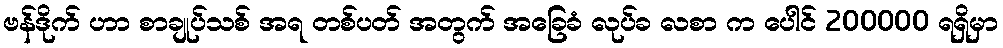
ဗန်ဒိုက် ဟာ စာချုပ်သစ် အရ တစ်ပတ် အတွက် အခြေခံ လုပ်ခ လစာ က ပေါင် 200000 ရရှိမှာ